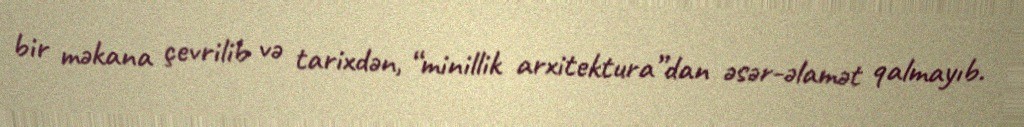
bir məkana çevrilib və tarixdən, “minillik arxitektura”dan əsər-əlamət qalmayıb.